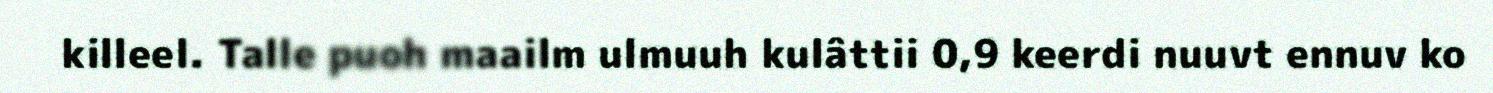
killeel. Talle puoh maailm ulmuuh kulâttii 0,9 keerdi nuuvt ennuv ko